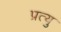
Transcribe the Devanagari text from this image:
प्रत्यु